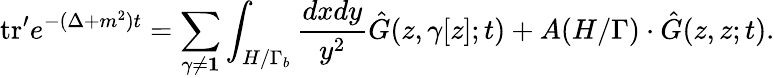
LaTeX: \mathrm{tr}^{\prime}e^{-(\Delta+m^{2})t}=\sum_{\gamma\neq{\mathbf 1}}\int_{H/\Gamma_{b}}{\frac{dxdy}{y^{2}}}{\hat{G}}(z,\gamma[z];t)+A(H/\Gamma)\cdot{\hat{G}}(z,z;t).